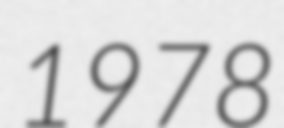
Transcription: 1978